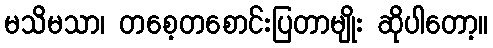
မသိမသာ၊ တစေ့တစောင်းပြတာမျိုး ဆိုပါတော့။